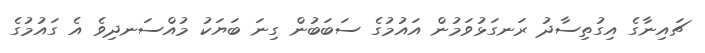
ޗައިނާގެ އިގުތިސާދު ރަނގަޅުވަމުން އައުމުގެ ސަބަބުން ގިނަ ބަޔަކު މުއްސަނދިވެ އެ ގައުމުގެ